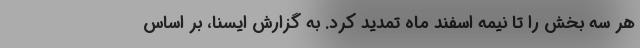
هر سه بخش را تا نیمه اسفند ماه تمدید کرد. به گزارش ایسنا، بر اساس